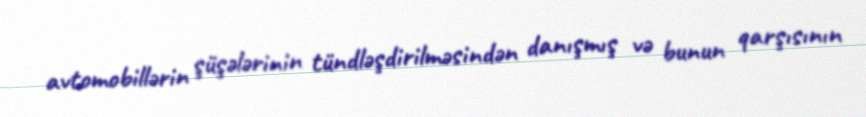
avtomobillərin şüşələrinin tündləşdirilməsindən danışmış və bunun qarşısının